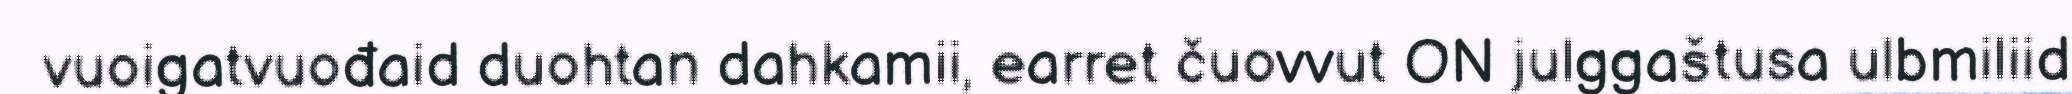
vuoigatvuođaid duohtan dahkamii, earret čuovvut ON julggaštusa ulbmiliid